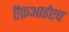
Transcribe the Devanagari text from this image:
ऍफ़आईएच